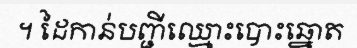
។ ដៃកាន់បញ្ជីឈ្មោះបោះឆ្នោត